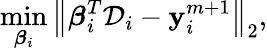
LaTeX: \operatorname*{min}_{\boldsymbol{\beta}_{i}}\left\| \boldsymbol{\beta}_{i}^{T}\mathcal{D}_{i}-\mathbf{y}_{i}^{m+1}\right\| _{2},